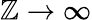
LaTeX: \mathbb{Z}\rightarrow\infty